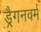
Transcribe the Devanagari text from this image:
ड्रैगनवर्म